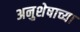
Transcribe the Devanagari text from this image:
अनुशेषाच्या